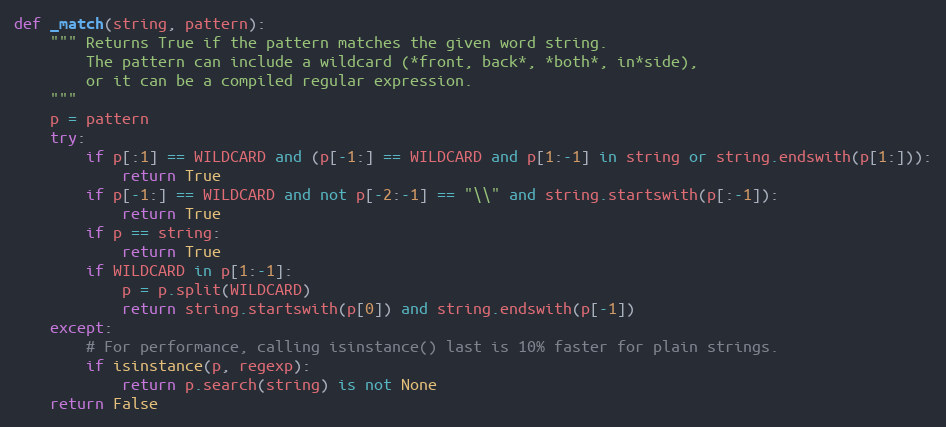
Language: Python
def _match(string, pattern):
    """ Returns True if the pattern matches the given word string.
        The pattern can include a wildcard (*front, back*, *both*, in*side),
        or it can be a compiled regular expression.
    """
    p = pattern
    try:
        if p[:1] == WILDCARD and (p[-1:] == WILDCARD and p[1:-1] in string or string.endswith(p[1:])):
            return True
        if p[-1:] == WILDCARD and not p[-2:-1] == "\\" and string.startswith(p[:-1]):
            return True
        if p == string:
            return True
        if WILDCARD in p[1:-1]:
            p = p.split(WILDCARD)
            return string.startswith(p[0]) and string.endswith(p[-1])
    except:
        # For performance, calling isinstance() last is 10% faster for plain strings.
        if isinstance(p, regexp):
            return p.search(string) is not None
    return False